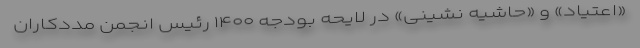
«اعتیاد» و «حاشیه نشینی» در لایحه بودجه ۱۴۰۰ رئیس انجمن مددکاران